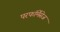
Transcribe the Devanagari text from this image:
परफॉर्मेंसेज